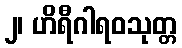
၂၊ ဟိရီဂါရဝသုတ္တ